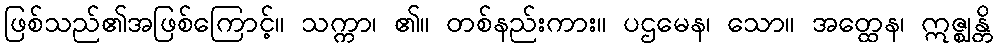
ဖြစ်သည်၏အဖြစ်ကြောင့်။ သက္ကာ၊ ၏။ တစ်နည်းကား။ ပဌမေန၊ သော။ အတ္ထေန၊ ဣဇ္ဈန္တိ